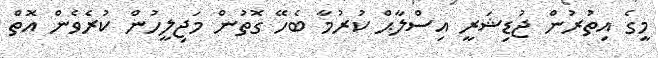
މީގެ އިތުރުން ޖުޑިޝަރީ އިސްލާޙް ކުރުމާ ބެހޭ ގޮތުން މަޖިލީހުން ކުރެވެން އޮތް